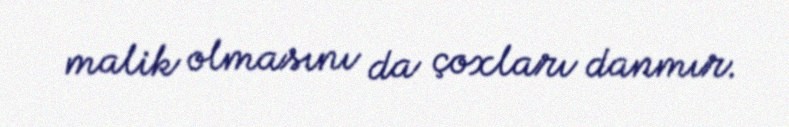
malik olmasını da çoxları danmır.